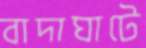
বাদাঘাটে